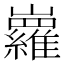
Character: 𡿏